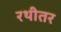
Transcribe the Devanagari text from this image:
रथीतर